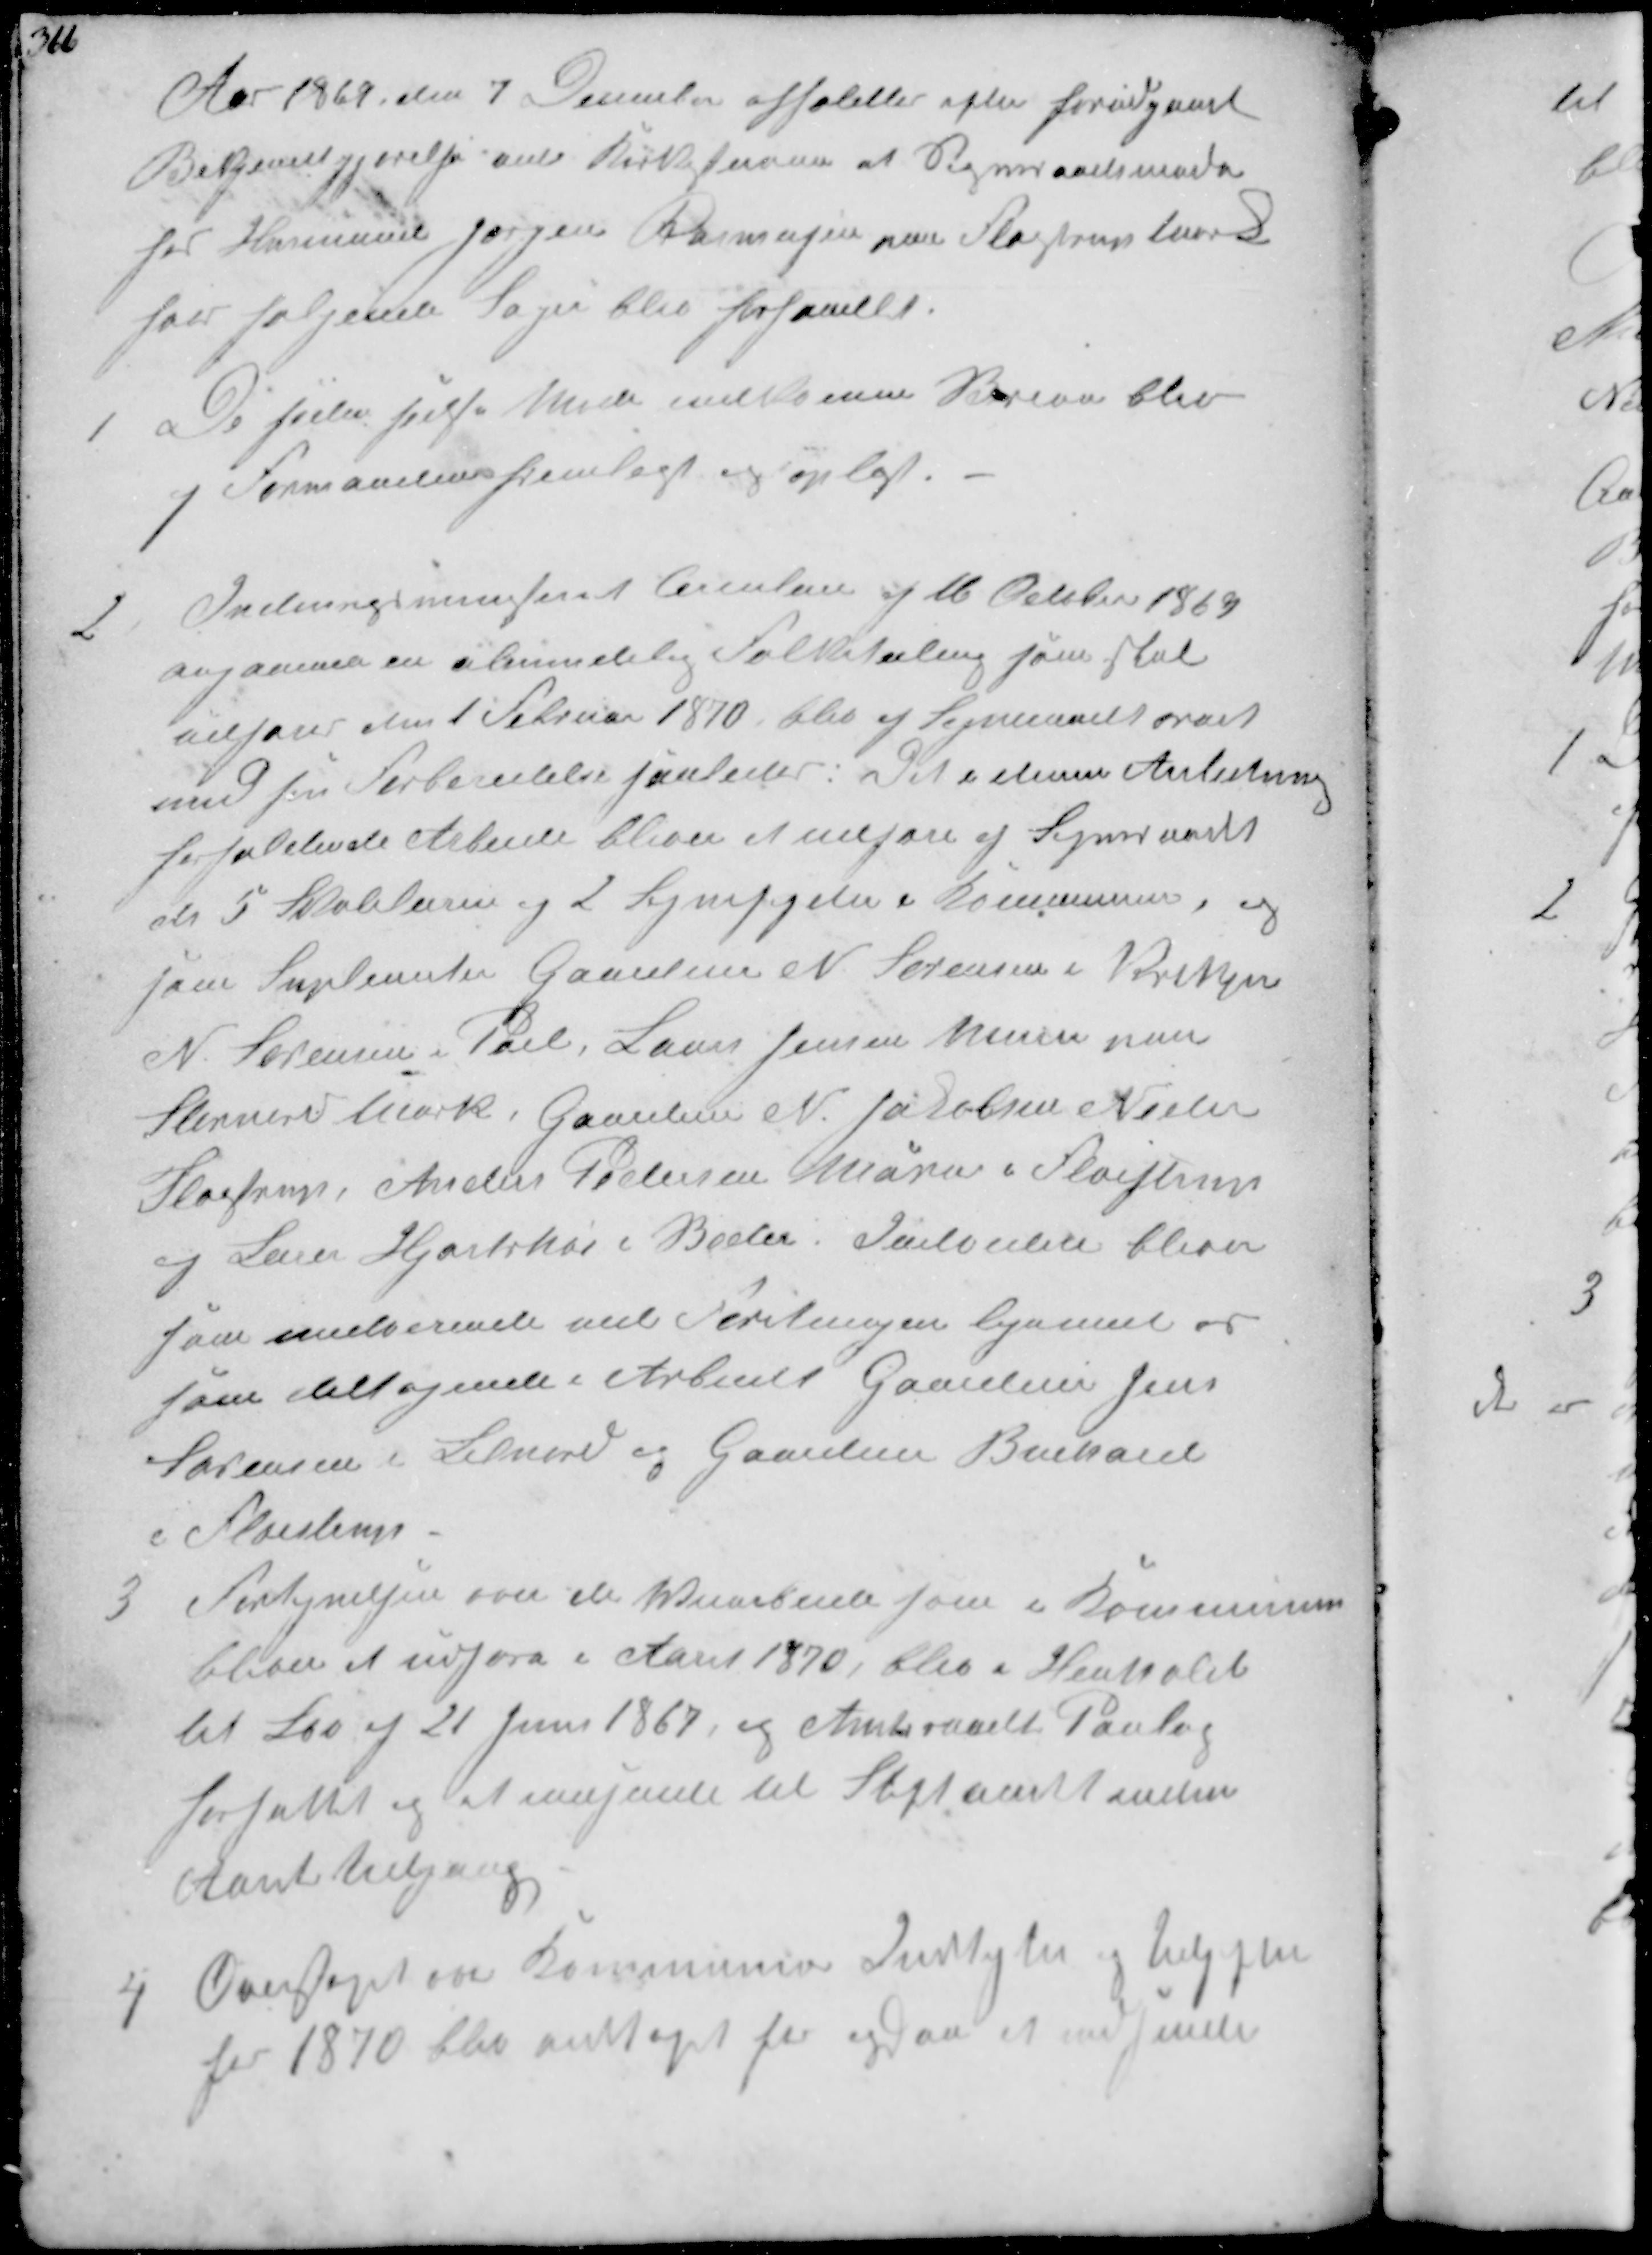
Transskription:
Aar 1869 den 7 December afholdtes efter forudgaaet
Bekjendtgjørelse ved Kirkestævne et Sogneraadsmøde
hos Husmand Jørgens Rasmussen paa Fløjstrup Mark
hvoar følgende Sager blev forhandlet

1
De siden sidste Møde indkomne Breve blev
af Formanden fremlagt og oplæst.

2
Indenrigsminiseret Circulære af 16 October 1869
angaaende en almindelig Folketælling som skal
udføres den 1 Februar 1870 blev af Sogneraadet
med sin Forberedelse saaledes: Det i denne Anledning
forfaldede Arbeide bliver at udføre af Sogneraadet
de 5 Skolærer og 2 Sognefogeder i Kommunen, og
som Supleanter Gaardeier N. Sørensen i Krekjær
N. Sørensen i Pøel Laurs Jensen Murer paa
Stornord Mark, Gartner N. Jacobsen Neder
Fløjstrup, Anders Pedersen Murer i Fløistrup
og Lars Hortshøi i Beder Indvidere bliver
som medværende ved  ligemed og
som deltagende i Arbeidet Gaardejer Jens
Sørensen i Lilnord og Gaardejer Buchold
i Fløistrup

2
Fortegnelsen over de Vejarbejder som i Kommunen
bliver at udføre i Aaret 1870, blev i Henhold
til Lov af 21 Juni 1867, og Amtsraadets Paalæg
forfattet og at indsjende til Stiftamtet inden
Aarets Udgang

4
Overslaget over Kommunens Indtægter og Udgifter
for 1870 blev vedtaget for ogsaa at indsende